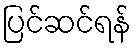
ပြင်ဆင်ရန်